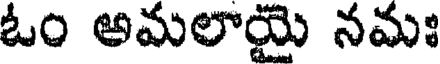
ఓం అమలాయై నమః